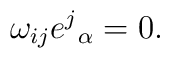
\omega_{ij} e^j{}_\alpha = 0.